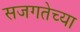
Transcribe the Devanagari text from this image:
सजगतेच्या